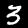
Digit: 3